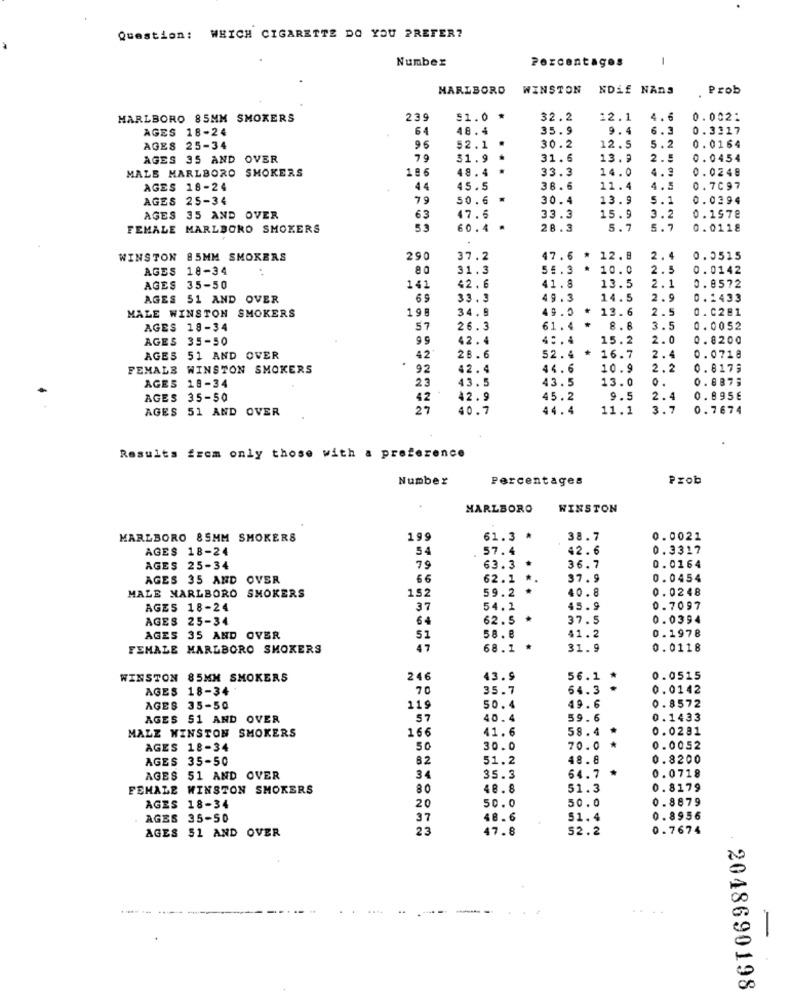
Question: WHICH CIGARETTE DO YOU PREFER?
Number
Percentages
MARLBORO
WINSTON
NDLE NADS
Prob
MARLBORO 85MM SMOKERS
239
$1.0
32.2
12.1
4.6
0.002:
AGES 18-24
64
48.4
35.9
9.4
6.3
0.3317
AGES 25-34
96
52.1
30.2
12.5
5.2
0.0164
AGES 35 AND OVER
79
31.9
31.6
13.2
2.5
0.0454
MALS MARLBORO SMOKERS
186
48.4 *
33.3
14.0
4.3
0.0248
AGES 18-24
44
45.5
38.6
11.4
4.5
0.7097
AGES 25-34
79
50.6
.
30.4
13.9
5.1
0.0394
AGES 35 AND OVER
63
47.6
33.3
15.9
3.2
0.1978
FEMALE MARLBORO SMOKERS
53
60.4
.
28.3
5.7
5.7
0. 0118
WINSTON 85MM SMOKERS
290
37.2
47.6 * 12. 8
2.4
0.0515
AGES 18-34
O
31.3
56.3
10.0
2.5
0.0142
13.5
2.1
AGES 35-50
141
42.6
41.8
0.8572
AGES 51 AND OVER
33.3
49.3
14.5
2.9
0.1433
MALE WINSTON SMOKERS
198
34.8
49.0
13.6
2.5
0.0281
AGES 18-34
57
26.3
61.4
8.8
3.5
0.0052
AGES 35-50
9 5
42.4
4 :. 4
15.2
2.0
0.8200
AGES 51 AND OVER
42
28.6
52.4
16.7
2.4
0.0718
FEMALE WINSTON SMOKERS
92
42.4
44.6
10.9
2 .:
0.8179
AGES 18-34
23
43.5
43.5
13.0
0.
0.8873
AGES 35-50
42
42.9
45.2
9.5
2.4
0.895E
AGES 51 AND OVER
27
40.7
44.4
11.1
3.7
0.7674
Results from only those with a preference
Number
Percentages
Prob
MARLBORO
WINSTON
MARLBORO 85MM SMOKERS
199
61.3 *
38.7
0.0021
AGES 18-24
54
57.4
42.6
0.3317
AGES 25-34
79
63.3 *
36.7
0.0164
AGES 35 AND OVER
66
62.1 *.
37.9
0.0454
MALE MARLBORO SMOKERS
152
59.2 *
40.8
0.0248
AGES 18-24
37
54.1
45.9
0.7097
AGES 25-34
64
62.5
37.5
0.0394
0.1978
AGES 35 AND OVER
51
58.6
41.2
FEMALE MARLBORO SMOKERS
47
68.1
.
31.9
0.0118
WINSTON 85MM SMOKERS
246
43.9
56.1
*
0.0515
AGES 18-34
70
35.7
64.3 *
0.0142
0.8572
AGES 35-50
119
50.4
49.6
AGES 51 AND OVER
57
40.4
59.6
0.1433
MALZ WINSTON SMOKERS
166
41.6
58.4
0.0281
AGES 18-34
50
30.0
70.0
*
0.0052
AGES 35-50
82
51.2
48.8
0.8200
AGES 51 AND OVER
34
35.3
64.7
0.0718
FEMALE WINSTON SMOKERS
80
48.8
51.3
0.8179
50.0
50.0
0.8879
AGES 18-34
20
. AGES 35-50
37
48.6
51.4
0.8956
AGES 51 AND OVER
23
47.8
52.2
0.7674
2048690198